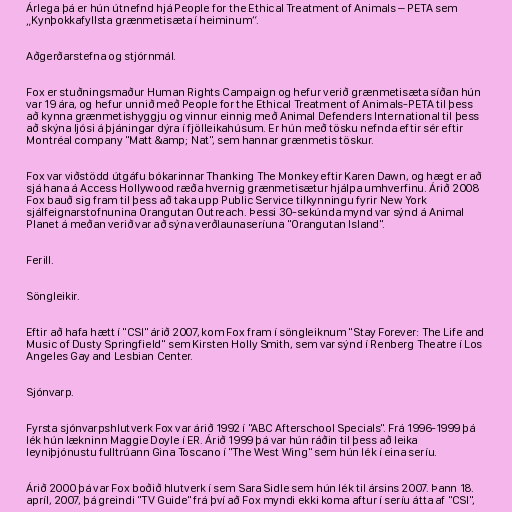
Árlega þá er hún útnefnd hjá People for the Ethical Treatment of Animals – PETA sem
„Kynþokkafyllsta grænmetisæta í heiminum“.

Aðgerðarstefna og stjórnmál.

Fox er stuðningsmaður Human Rights Campaign og hefur verið grænmetisæta síðan hún
var 19 ára, og hefur unnið með People for the Ethical Treatment of Animals-PETA til þess
að kynna grænmetishyggju og vinnur einnig með Animal Defenders International til þess
að skýna ljósi á þjáningar dýra í fjölleikahúsum. Er hún með tösku nefnda eftir sér eftir
Montréal company "Matt &amp; Nat", sem hannar grænmetis töskur.

Fox var viðstödd útgáfu bókarinnar Thanking The Monkey eftir Karen Dawn, og hægt er að
sjá hana á Access Hollywood ræða hvernig grænmetisætur hjálpa umhverfinu. Árið 2008
Fox bauð sig fram til þess að taka upp Public Service tilkynningu fyrir New York
sjálfeignarstofnunina Orangutan Outreach. Þessi 30-sekúnda mynd var sýnd á Animal
Planet á meðan verið var að sýna verðlaunaseríuna "Orangutan Island".

Ferill.

Söngleikir.

Eftir að hafa hætt í "CSI" árið 2007, kom Fox fram í söngleiknum "Stay Forever: The Life and
Music of Dusty Springfield" sem Kirsten Holly Smith, sem var sýnd í Renberg Theatre í Los
Angeles Gay and Lesbian Center.

Sjónvarp.

Fyrsta sjónvarpshlutverk Fox var árið 1992 í "ABC Afterschool Specials". Frá 1996-1999 þá
lék hún lækninn Maggie Doyle í ER. Árið 1999 þá var hún ráðin til þess að leika
leyniþjónustu fulltrúann Gina Toscano í "The West Wing" sem hún lék í eina seríu.

Árið 2000 þá var Fox boðið hlutverk í sem Sara Sidle sem hún lék til ársins 2007. Þann 18.
apríl, 2007, þá greindi "TV Guide" frá því að Fox myndi ekki koma aftur í seríu átta af "CSI",